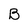
Character: B